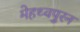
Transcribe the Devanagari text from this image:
मेहथ्वपुरन